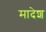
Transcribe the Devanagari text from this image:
मादेश